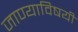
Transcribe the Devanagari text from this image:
जाण्याविषयी